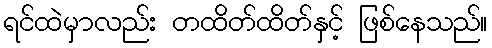
ရင်ထဲမှာလည်း တထိတ်ထိတ်နှင့် ဖြစ်နေသည်။